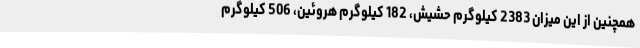
همچنین از این میزان 2383 کیلوگرم حشیش، 182 کیلوگرم هروئین، 506 کیلوگرم